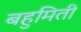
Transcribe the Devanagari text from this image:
बहुमिती